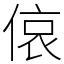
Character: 偯